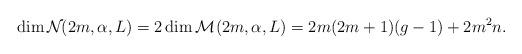
LaTeX: \begin{align*}\dim\mathcal{N}_{}(2m,\alpha,L) = 2\dim \mathcal{M}_{}(2m,\alpha,L) = 2m(2m+1)(g-1) + 2m^2n.\end{align*}